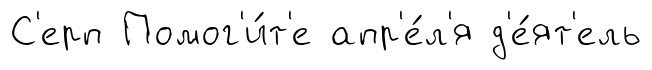
С'ерп Помог'и́т'е апр'е́л'я д'е́ят'ель